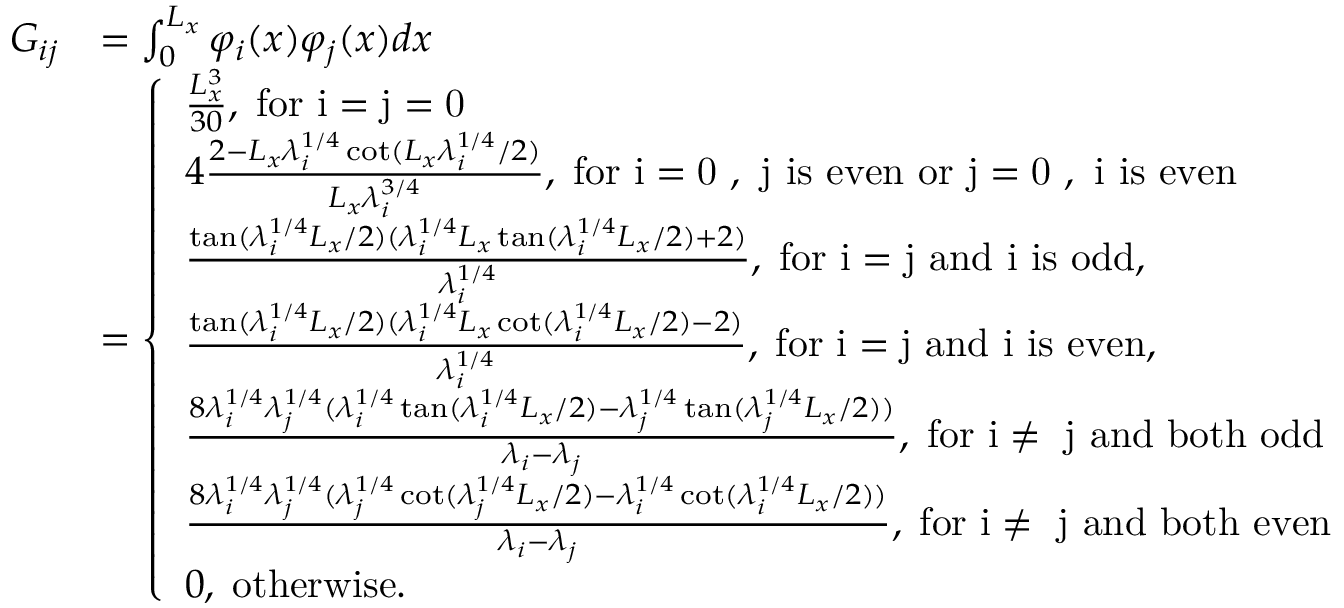
\begin{array} { r l } { G _ { i j } } & { = \int _ { 0 } ^ { L _ { x } } \varphi _ { i } ( x ) \varphi _ { j } ( x ) d x } \\ & { = \left\{ \begin{array} { l l } { \frac { L _ { x } ^ { 3 } } { 3 0 } , \; \mathrm { f o r ~ i = j = 0 ~ } } \\ { 4 \frac { 2 - L _ { x } \lambda _ { i } ^ { 1 / 4 } \cot ( L _ { x } \lambda _ { i } ^ { 1 / 4 } / 2 ) } { L _ { x } \lambda _ { i } ^ { 3 / 4 } } , \; \mathrm { f o r ~ i = 0 ~ , ~ j ~ i s ~ e v e n ~ o r ~ j = 0 ~ , ~ i ~ i s ~ e v e n } } \\ { \frac { \tan ( \lambda _ { i } ^ { 1 / 4 } L _ { x } / 2 ) ( \lambda _ { i } ^ { 1 / 4 } L _ { x } \tan ( \lambda _ { i } ^ { 1 / 4 } L _ { x } / 2 ) + 2 ) } { \lambda _ { i } ^ { 1 / 4 } } , \; \mathrm { f o r ~ i = j ~ a n d ~ i ~ i s ~ o d d } , } \\ { \frac { \tan ( \lambda _ { i } ^ { 1 / 4 } L _ { x } / 2 ) ( \lambda _ { i } ^ { 1 / 4 } L _ { x } \cot ( \lambda _ { i } ^ { 1 / 4 } L _ { x } / 2 ) - 2 ) } { \lambda _ { i } ^ { 1 / 4 } } , \; \mathrm { f o r ~ i = j ~ a n d ~ i ~ i s ~ e v e n } , } \\ { \frac { 8 \lambda _ { i } ^ { 1 / 4 } \lambda _ { j } ^ { 1 / 4 } ( \lambda _ { i } ^ { 1 / 4 } \tan ( \lambda _ { i } ^ { 1 / 4 } L _ { x } / 2 ) - \lambda _ { j } ^ { 1 / 4 } \tan ( \lambda _ { j } ^ { 1 / 4 } L _ { x } / 2 ) ) } { \lambda _ { i } - \lambda _ { j } } , \; \mathrm { f o r ~ i \neq ~ j ~ a n d ~ b o t h ~ o d d } } \\ { \frac { 8 \lambda _ { i } ^ { 1 / 4 } \lambda _ { j } ^ { 1 / 4 } ( \lambda _ { j } ^ { 1 / 4 } \cot ( \lambda _ { j } ^ { 1 / 4 } L _ { x } / 2 ) - \lambda _ { i } ^ { 1 / 4 } \cot ( \lambda _ { i } ^ { 1 / 4 } L _ { x } / 2 ) ) } { \lambda _ { i } - \lambda _ { j } } , \; \mathrm { f o r ~ i \neq ~ j ~ a n d ~ b o t h ~ e v e n } } \\ { 0 , \; \mathrm { o t h e r w i s e } . } \end{array} \right. } \end{array}